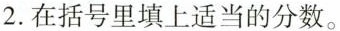
2.在括号里填上适当的分数。